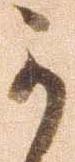
可